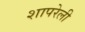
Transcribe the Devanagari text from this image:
शापरेली